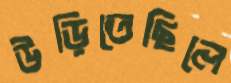
উড়িতেছিলে